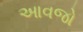
આવજો